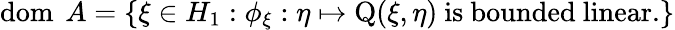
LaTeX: \operatorname{dom}\ A=\{ \xi\in H_{1}:\phi_{\xi}:\eta\mapsto\operatorname{Q}(\xi,\eta){\mathrm{~is~bounded~linear.}}\}